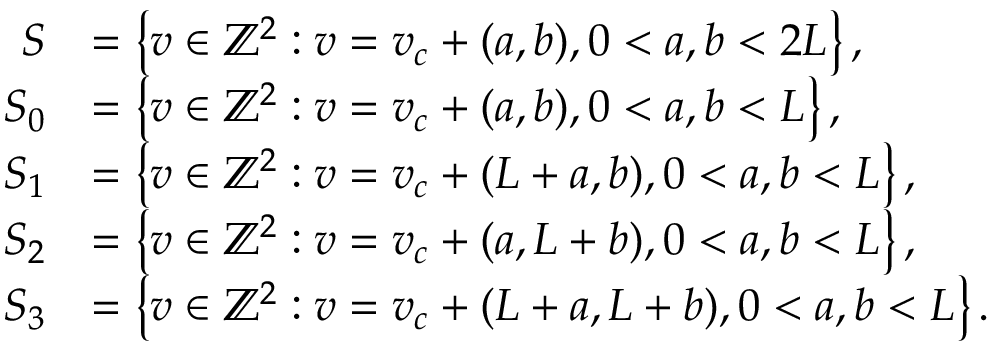
\begin{array} { r l } { S } & { = \left\{ v \in \mathbb { Z } ^ { 2 } : v = v _ { c } + ( a , b ) , 0 < a , b < 2 L \right\} , } \\ { S _ { 0 } } & { = \left\{ v \in \mathbb { Z } ^ { 2 } : v = v _ { c } + ( a , b ) , 0 < a , b < L \right\} , } \\ { S _ { 1 } } & { = \left\{ v \in \mathbb { Z } ^ { 2 } : v = v _ { c } + ( L + a , b ) , 0 < a , b < L \right\} , } \\ { S _ { 2 } } & { = \left\{ v \in \mathbb { Z } ^ { 2 } : v = v _ { c } + ( a , L + b ) , 0 < a , b < L \right\} , } \\ { S _ { 3 } } & { = \left\{ v \in \mathbb { Z } ^ { 2 } : v = v _ { c } + ( L + a , L + b ) , 0 < a , b < L \right\} . } \end{array}